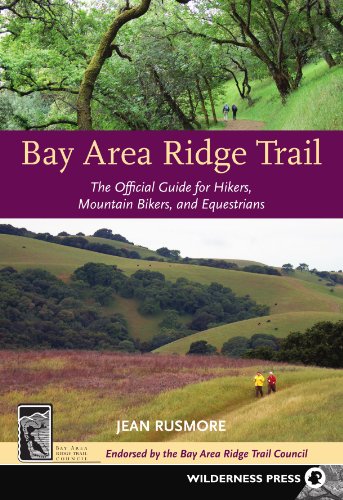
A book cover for Bay Area Ridge Trail: The Official Guide for Hikers, Mountain Bikers and Equestrians; Jean Rusmore; Travel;